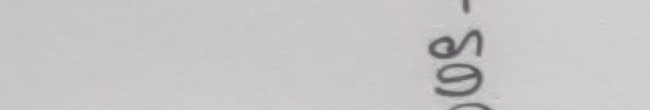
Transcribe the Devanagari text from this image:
-९००